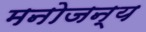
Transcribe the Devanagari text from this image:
मनोजन्य